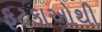
ફટકાઓથી